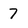
Character: 7